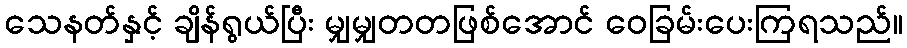
သေနတ်နှင့် ချိန်ရွယ်ပြီး မျှမျှတတဖြစ်အောင် ဝေခြမ်းပေးကြရသည်။